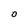
Character: O